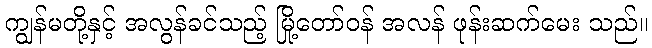
ကျွန်မတို့နှင့် အလွန်ခင်သည့် မြို့တော်ဝန် အလန် ဖုန်းဆက်မေး သည်။